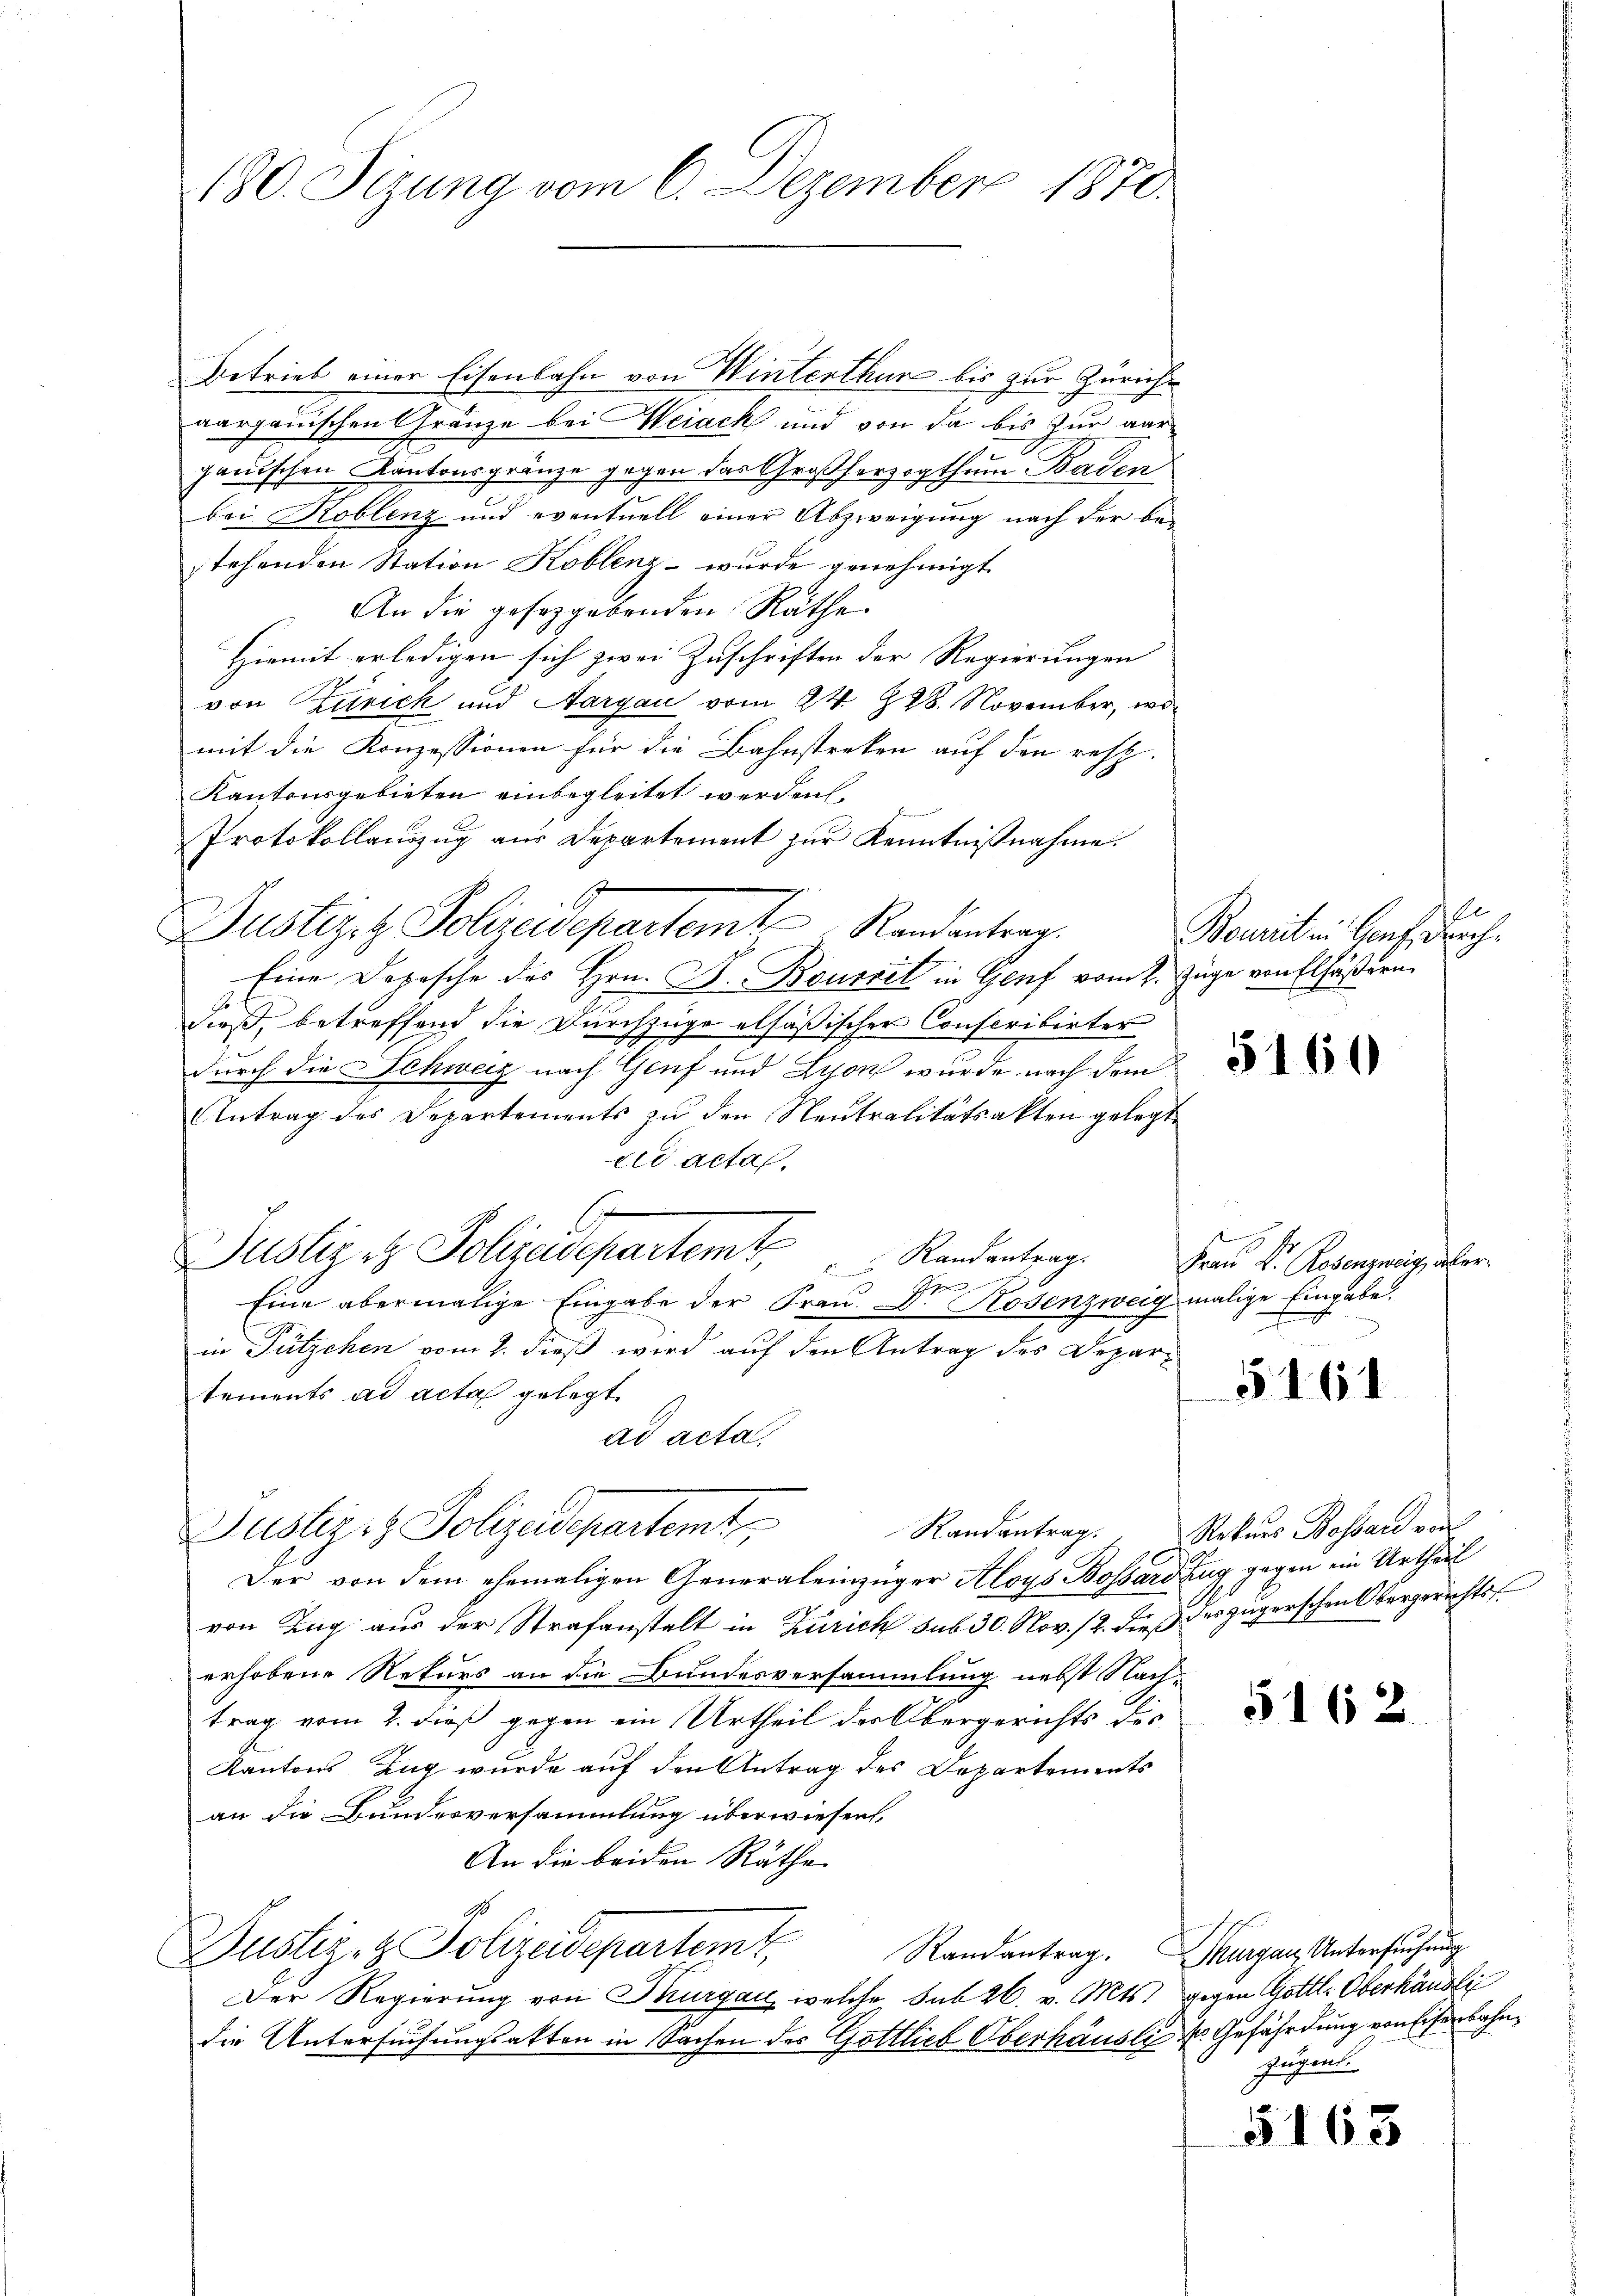
180. Sizung vom 6. Dezember 1870.

Betrieb einer Eisenbahn von Winterthun bis zur Züricht
aargauischen Gränze bei Weiack und von da bis zur Aargauischen Kantonsgränze gegen das Großherzogthum Baden
bei Koblenz und eventuell einer Abzweigung nach der bestehenden Station Koblenz - wurde genehmigt
An die gesetzgebenden Räthe
Hiemit erledigen sich zwei Zuschriften der Regierungen
von Zurick und Aargau vom 24. 228. November, womit die Konzessionen für die Bahnstreken auf den resp.
Kantonsgebieten einbegleitet werden.
Protokollauszug aus Departement zur Kenntnißnahme.
Justizit Polizeidepartemte Randantrag.
Eine Depesche des Hrn. F. Bouseil in Genf vom 2. Zuge von Elfäßern
dieß, betreffend die Durchzüge elfäßischer Conscribirter
durch die Schweiz nach Genf und Lyon wurde nach dem
Antrag des Departements zu den Neutralitätsakten gelegt.
eid actas.
Justiz et Polizeidepartemt,
 Randantrag.

Eine abermalige Eingabe der Frau D. Kosenzweig malige Eingabe.
in Fützchen vom 2. dieß wird auf den Antrag des Departements ad acta gelegt.
ad acta.
Justizos Polizeidepartemt
Randantrag.
Der von dem ehemaligen Generaleinzüger Aloys Bossardzug gegen ein Urtheil
von Zug aus der Strafanstalt in Zürich sub 30. Nov. 12. dieß des zugerschen Obergerichts
erhobene Rekurs an die Bundesversammlung nebst Nach-
trag vom 2. dieß gegen ein Urtheil der Obergerichts des
Kantons Zug wurde auf den Antrag des Departements
an die Bundesversammlung überwiesen,
An die beiden Räthe
90
Justiz- & Polizeidepartem Randantrag. Thurgau, Untersuchung
Der Regierung von Thurgau, welche sub 26. v. Mts. gegen Gottl. Oberhändli
die Untersuchungsakten in Sachen des Gottlieb Oberhäusli der Gefährdung von Eisenbahn¬

dec
Bourit in Genf, Dach.

5160

Frau Dr. Rosenzweig, aber

§ 161

Rekurs Bossard von

5162

zügen.

5163